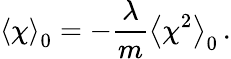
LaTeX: \left\langle\chi\right\rangle_{0}=-\frac{\lambda}{m}\left\langle\chi^{2}\right\rangle_{0}\, .